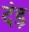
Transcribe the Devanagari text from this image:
दंड़